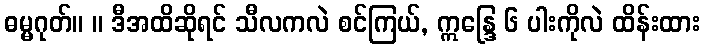
ဓမ္မဂုတ်။ ။ ဒီအထိဆိုရင် သီလကလဲ စင်ကြယ်, ဣန္ဒြေ ၆ ပါးကိုလဲ ထိန်းထား